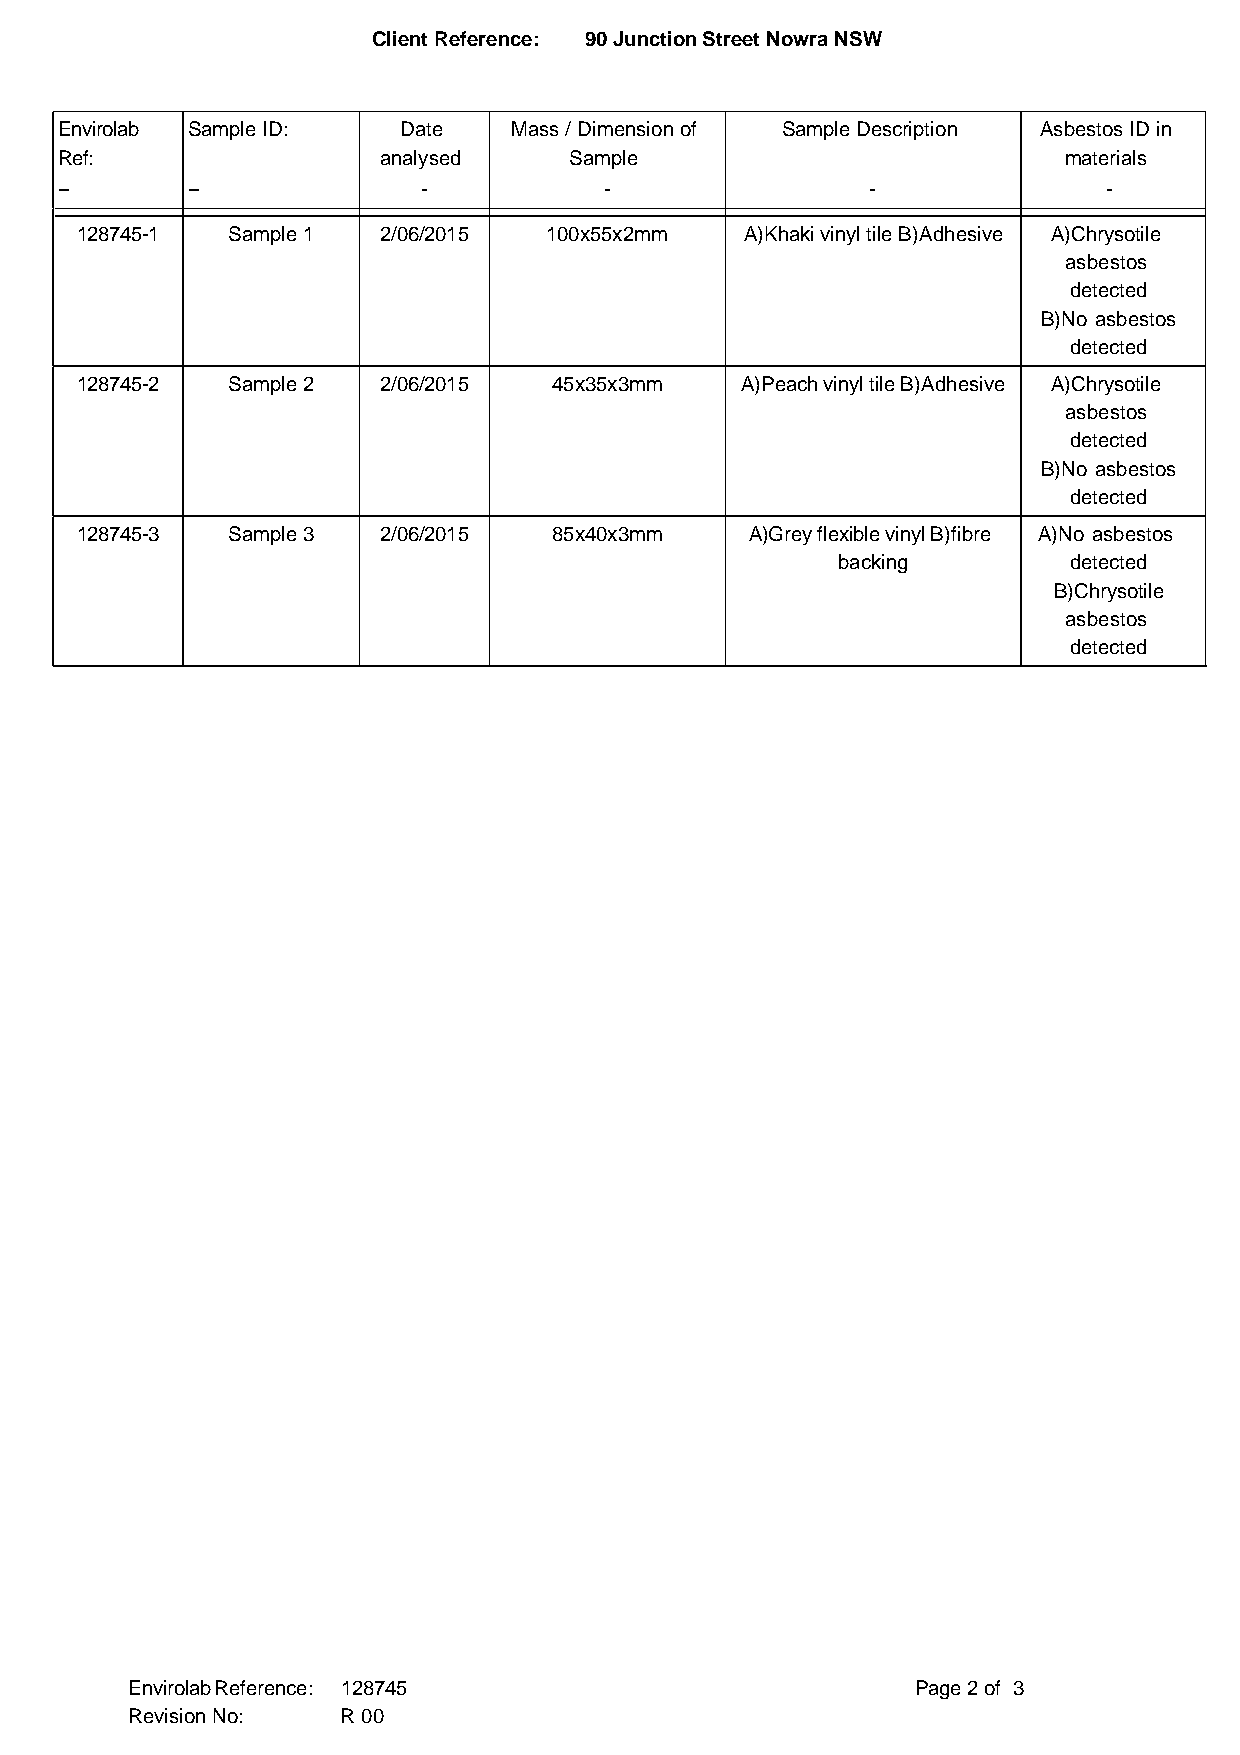
Client Reference: 90 Junction Street Nowra NSW
 Envirolab Sample ID:  Date    Mass / Dimension of Sample Description Asbestos ID in
 Ref:                 analysed     Sample                          materials
 --      --              -           -                 -              -
 128745-1  Sample 1  2/06/2015  100x55x2mm   A)Khaki vinyl tile B)Adhesive A)Chrysotile
 asbestos
 detected
 B)No asbestos
 detected
 128745-2  Sample 2  2/06/2015   45x35x3mm   A)Peach vinyl tile B)Adhesive A)Chrysotile
 asbestos
 detected
 B)No asbestos
 detected
 128745-3  Sample 3  2/06/2015   85x40x3mm    A)Grey flexible vinyl B)fibre A)No asbestos
 backing         detected
 B)Chrysotile
 asbestos
 detected
 Envirolab Reference: 128745                          Page 2 of 3
 Revision No:   R 00